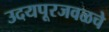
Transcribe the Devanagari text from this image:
उदयपूरजवळचे